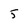
Character: 5